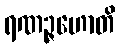
ရဏဉ္ဇဟောတိ